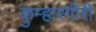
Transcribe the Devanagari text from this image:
कुम्हारगीरी